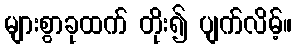
များစွာခုထက် တိုး၍ ပျက်လိမ့်။